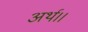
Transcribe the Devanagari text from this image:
अर्थ।।